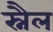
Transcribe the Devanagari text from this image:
स्नैल